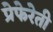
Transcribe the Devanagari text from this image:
प्रेफेरेती